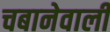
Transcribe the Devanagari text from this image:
चबानेवाली